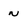
Character: N